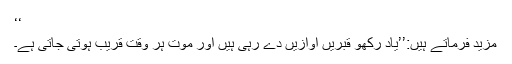
‘‘
مزید فرماتے ہیں:’’یاد رکھو قبریں آوازیں دے رہی ہیں اور موت ہر وقت قریب ہوتی جاتی ہے۔